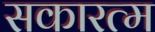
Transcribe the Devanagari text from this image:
सकारत्म